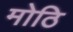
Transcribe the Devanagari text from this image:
मोठि